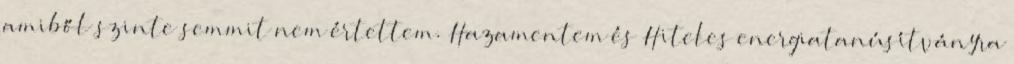
amiből szinte semmit nem értettem. Hazamentem és Hiteles energiatanúsítványra